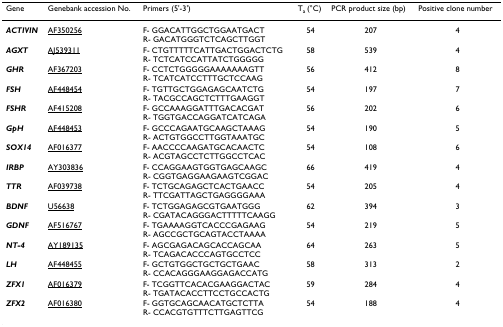
<table><thead><tr><td><b>Gene</b></td><td><b>Genebank accession No.</b></td><td><b>Primers (5&#x27;-3&#x27;)</b></td><td><b>T<sub>a </sub>(°C)</b></td><td><b>PCR product size (bp)</b></td><td><b>Positive clone number</b></td></tr></thead><tbody><tr><td><b><i>ACTIVIN</i></b></td><td>AF350256</td><td>F- GGACATTGGCTGGAATGACTR- GACATGGGTCTCAGCTTGGT</td><td>54</td><td>207</td><td>4</td></tr><tr><td><b><i>AGXT</i></b></td><td>AJ539311</td><td>F- CTGTTTTTCATTGACTGGACTCTGR- TCTCATCCATTATCTGGGGG</td><td>58</td><td>539</td><td>4</td></tr><tr><td><b><i>GHR</i></b></td><td>AF367203</td><td>F- CCTCTGGGGGAAAAAAAGTTR- TCATCATCCTTTGCTCCAAG</td><td>56</td><td>412</td><td>8</td></tr><tr><td><b><i>FSH</i></b></td><td>AF448454</td><td>F- TGTTGCTGGAGAGCAATCTGR- TACGCCAGCTCTTTGAAGGT</td><td>54</td><td>197</td><td>7</td></tr><tr><td><b><i>FSHR</i></b></td><td>AF415208</td><td>F- GCCAAAGGATTTGACACGATR- TGGTGACCAGGATCATCAGA</td><td>56</td><td>202</td><td>6</td></tr><tr><td><b><i>GpH</i></b></td><td>AF448453</td><td>F- GCCCAGAATGCAAGCTAAAGR- ACTGTGGCCTTGGTAAATGC</td><td>54</td><td>190</td><td>5</td></tr><tr><td><b><i>SOX14</i></b></td><td>AF016377</td><td>F- AACCCCAAGATGCACAACTCR- ACGTAGCCTCTTGGCCTCAC</td><td>54</td><td>108</td><td>6</td></tr><tr><td><b><i>IRBP</i></b></td><td>AY303836</td><td>F- CCAGGAAGTGGTGAGCAAGCR- CGGTGAGGAAGAAGTCGGAC</td><td>66</td><td>419</td><td>4</td></tr><tr><td><b><i>TTR</i></b></td><td>AF039738</td><td>F- TCTGCAGAGCTCACTGAACCR- TTCGATTAGCTGAGGGGAAA</td><td>54</td><td>205</td><td>4</td></tr><tr><td><b><i>BDNF</i></b></td><td>U56638</td><td>F- TCTGGAGAGCGTGAATGGGR- CGATACAGGGACTTTTTCAAGG</td><td>62</td><td>394</td><td>3</td></tr><tr><td><b><i>GDNF</i></b></td><td>AF516767</td><td>F- TGAAAAGGTCACCCGAGAAGR- AGCCGCTGCAGTACCTAAAA</td><td>54</td><td>219</td><td>5</td></tr><tr><td><b><i>NT-4</i></b></td><td>AY189135</td><td>F- AGCGAGACAGCACCAGCAAR- TCAGACACCCAGTGCCTCC</td><td>64</td><td>263</td><td>5</td></tr><tr><td><b><i>LH</i></b></td><td>AF448455</td><td>F- GCTGTGGCTGCTGCTGAACR- CCACAGGGAAGGAGACCATG</td><td>58</td><td>313</td><td>2</td></tr><tr><td><b><i>ZFX1</i></b></td><td>AF016379</td><td>F- TCGGTTCACACGAAGGACTACR- TGATACACCTTCCTGCCACTG</td><td>59</td><td>284</td><td>4</td></tr><tr><td><b><i>ZFX2</i></b></td><td>AF016380</td><td>F- GGTGCAGCAACATGCTCTTAR- CCACGTGTTTCTTGAGTTCG</td><td>54</td><td>188</td><td>4</td></tr></tbody></table>